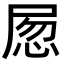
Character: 𡱽